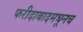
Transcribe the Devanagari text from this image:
फरीदाबादमधूनच